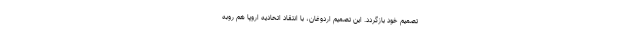
تصمیم خود بازگردد. این تصمیم اردوغان، با انتقاد اتحادیه اروپا هم روبه